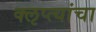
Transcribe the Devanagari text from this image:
क्‍ऌप्त्यांचा